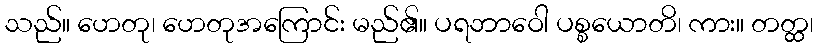
သည်။ ဟေတု၊ ဟေတုအကြောင်း မည်၏။ ပရဘာဝေါ ပစ္စယောတိ၊ ကား။ တတ္ထ၊